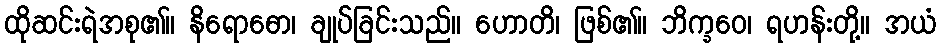
ထိုဆင်းရဲအစု၏။ နိရောဓော၊ ချုပ်ခြင်းသည်။ ဟောတိ၊ ဖြစ်၏။ ဘိက္ခဝေ၊ ရဟန်းတို့။ အယံ